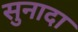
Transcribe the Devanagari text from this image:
सुनादा